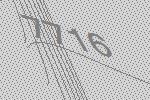
7716